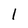
Character: 1